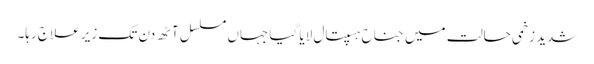
شدید زخمی حالت میں جناح ہسپتال لایا گیا جہاں مسلسل آٹھ دن تک زیر علاج رہا۔